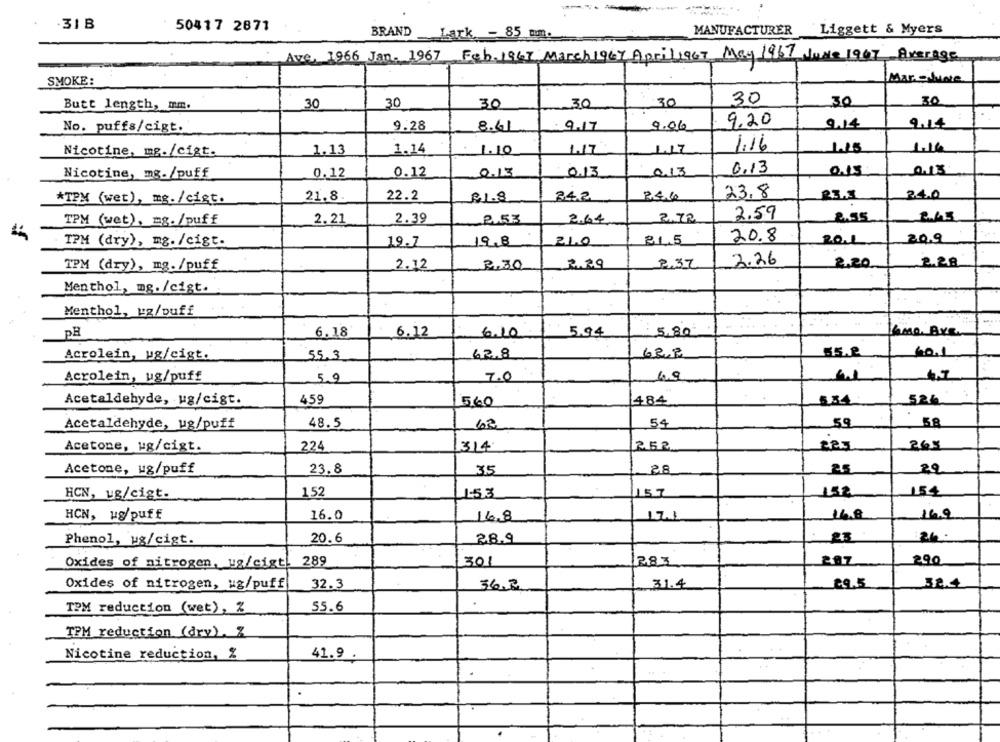
31B
50417 2871
MANUFACTURER Liggett & Myers
BRAND
.Lark - 85 mm.
Ave, 1966 Jan. 1967 Feb. 1967 March 1967 April1967 May 1967 June 1967 Average
SMOKE:
Mar. situace
30
30
30
30
30
30
30
30
Butt length, mm.
9.28
8.61
9.17
9.06
9,20
9.14
9.14
No. puffs/cigt.
1.16
1.15
Nicotine, mg. /cigt.
1.13
1.14
1.10
1.17
1.17
0,13
Nicotine, mg./puff
0.12
0.12
0.13
0.13
013
0.15
23.8
*TPM (wet), mg./ cist.
21.8.
22.2
R1.8
24.2
24.0
2.59
TPM (wet), mg. /puff
2.21
2.39
2.53
2.64
2.72
2.55
2.65
20.8
TPM (dry), mg. /cigt.
19.7
19.8
21.0
81.5
201
209
TPM (dry), mg. /puff
2.12
2,30
2.29
2.37
2.26
2,20
2.28
Menthol, mg. /cigt.
Menthol, ug/puff
PH
6.18
6.12
6.10
5.94
5,80
6mo AVE
Acrolein, ug/cigt.
55.3
62.8
60.1
Acrolein, ug/puff
5.9
7.0
6.9
459
484
526 :
Acetaldehyde, ug/cigt.
560
48.5
54
59
58
Acetaldehyde, ug/puff
62
224
314
265
Acetone, ug/cigt.
252
Acetone, ug/puff
23.8
35
28
25
29
HCN, ug/cigt.
1,52
1.53
157
152
154
HCN, ug/puff
16.0
16.8
17.1
14.8
16.9
26.
Phenol, ug/cigt.
20.6
28.9
289
301
283
290
Oxides of nitrogen, ug/cigt!
Oxides of nitrogen, ug/puff
32.3
36.2
31.4
29.5
38.4
TPM reduction (wet), %
55.6
TPM reduction (dry), %
Nicotine reduction, %
41.9